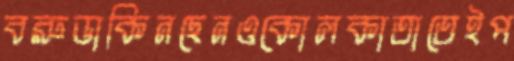
বরুডাকিনছেনওকোলকাতাতেইপ